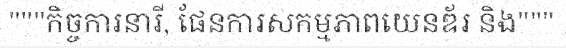
"""កិច្ចការនារី, ផែនការសកម្មភាពយេនឌ័រ និង"""